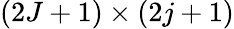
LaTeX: (2J+1)\times(2j+1)